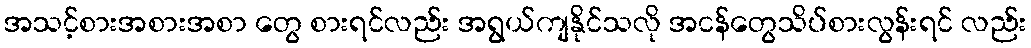
အသင့်စားအစားအစာ တွေ စားရင်လည်း အရွယ်ကျနိုင်သလို အငန်တွေသိပ်စားလွန်းရင် လည်း